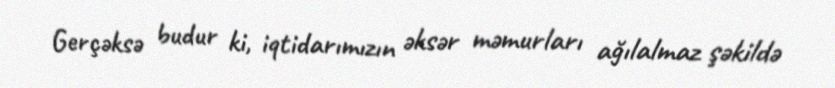
Gerçəksə budur ki, iqtidarımızın əksər məmurları ağılalmaz şəkildə